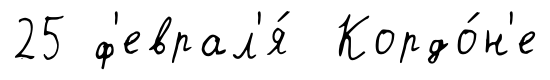
25 ф'еврал'я́ Кордо́н'е